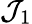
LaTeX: \mathcal{J}_{1}